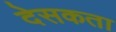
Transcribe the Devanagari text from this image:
देसकता